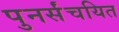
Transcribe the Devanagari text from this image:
पुनर्संचयित